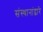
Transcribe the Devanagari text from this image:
संस्थानांद्वारे